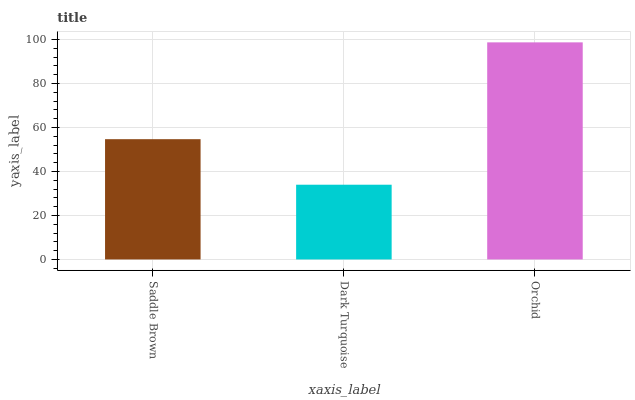
| xaxis_label | bars |
 | --- | --- |
 | Saddle Brown | 54.7 |
 | Dark Turquoise | 34 |
 | Orchid | 98.7 |